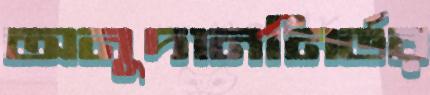
অনুদাননির্ভর